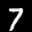
Label: 7